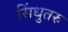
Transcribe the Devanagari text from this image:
सिंधुतरु